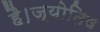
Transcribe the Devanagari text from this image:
है।ज्योतिष